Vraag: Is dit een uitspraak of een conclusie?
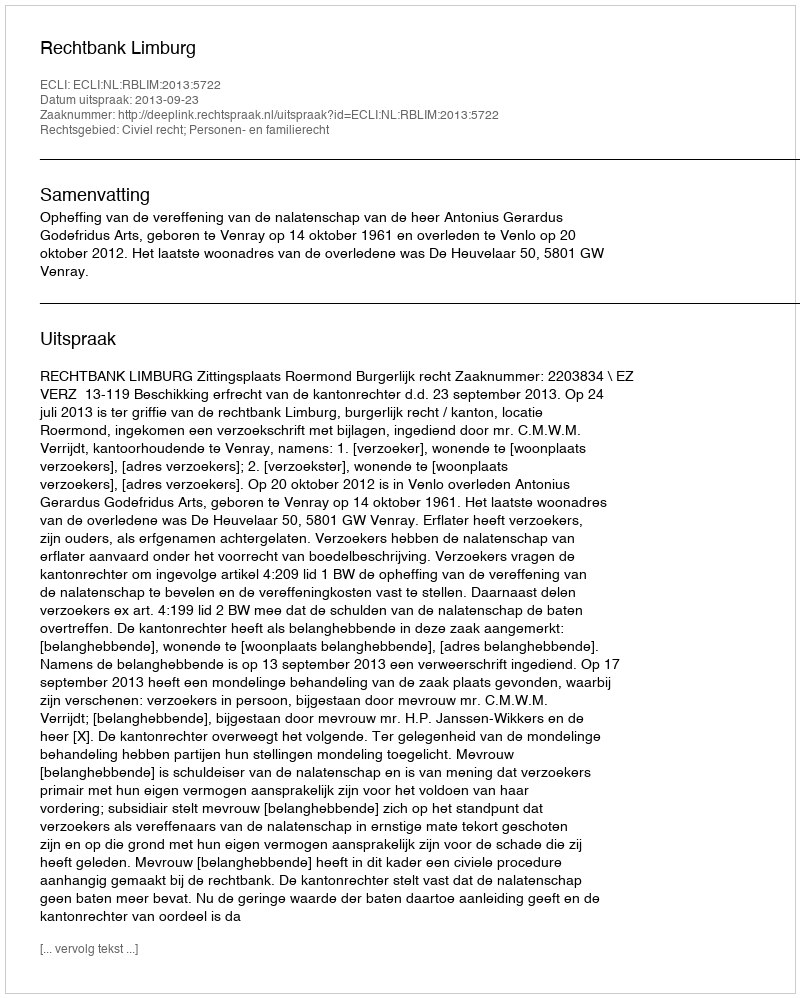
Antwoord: Uitspraak